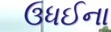
ઉધઈના